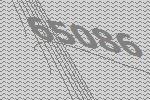
65086